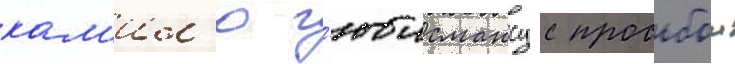
кам'ил'ю г'юисмансу с просьбои